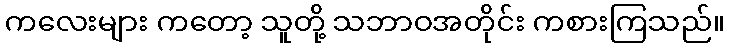
ကလေးများ ကတော့ သူတို့ သဘာဝအတိုင်း ကစားကြသည်။